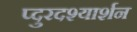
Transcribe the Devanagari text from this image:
प्दुरदश्यार्शन